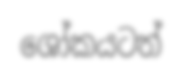
ශෝකයටත්